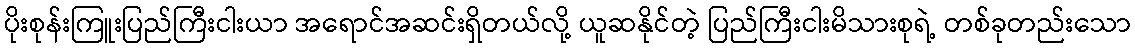
ပိုးစုန်းကြူးပြည်ကြီးငါးယာ အရောင်အဆင်းရှိတယ်လို့ ယူဆနိုင်တဲ့ ပြည်ကြီးငါးမိသားစုရဲ့ တစ်ခုတည်းသော